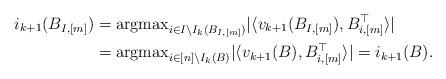
LaTeX: \begin{align*}i_{k+1}(B_{I,[m]}) &= {\rm argmax}_{i \in I\backslash I_k(B_{I,[m]})}|\langle v_{k+1}(B_{I,[m]}) , B_{i,[m]}^\top\rangle|\\&={\rm argmax}_{i \in [n]\backslash I_k(B)}|\langle v_{k+1}(B) , B_{i,[m]}^\top\rangle|=i_{k+1}(B).\end{align*}